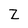
Character: Z